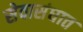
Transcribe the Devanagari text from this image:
सेवासंघात